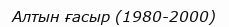
Алтын ғасыр (1980-2000)